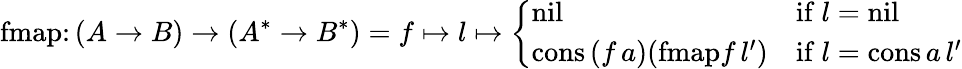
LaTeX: {\mathrm{fmap}}\colon(A\to B)\to(A^{*}\to B^{*})=f\mapsto l\mapsto{\left\{ \begin{array}{ll}{{\mathrm{nil}}}&{{\mathrm{if}}\ l={\mathrm{nil}}}\\ {{\mathrm{cons}}\, (f\, a)({\mathrm{fmap}}f\, l^{\prime})}&{{\mathrm{if}}\ l={\mathrm{cons}}\, a\, l^{\prime}}\end{array}\right.}